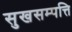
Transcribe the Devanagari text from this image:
सुखसम्पत्ति